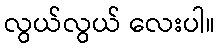
လွယ်လွယ် လေးပါ။